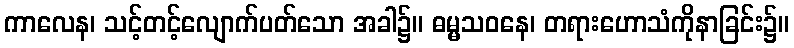
ကာလေန၊ သင့်တင့်လျောက်ပတ်သော အခါ၌။ ဓမ္မသဝနေ၊ တရားဟောသံကိုနာခြင်း၌။